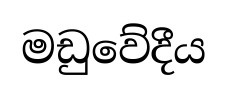
මඩුවේදීය